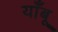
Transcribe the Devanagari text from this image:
याँबू